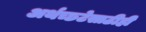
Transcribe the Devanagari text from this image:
अर्थच्छटेसाठीही